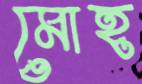
মোহ